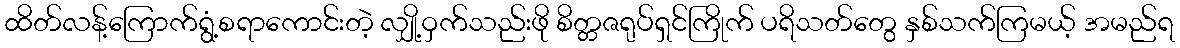
ထိတ်လန့်ကြောက်ရွံ့စရာကောင်းတဲ့ လျှို့ဝှက်သည်းဖို စိတ္တဇရုပ်ရှင်ကြိုက် ပရိသတ်တွေ နှစ်သက်ကြမယ့် အမည်ရ